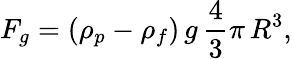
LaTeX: F_{g}=\left(\rho_{p}-\rho_{f}\right)\, g\, {\frac{4}{3}}\pi\, R^{3},